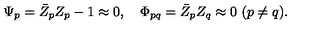
\Psi _ { p } = \bar { Z } _ { p } Z _ { p } - 1 \approx 0 , \quad \Phi _ { p q } = \bar { Z } _ { p } Z _ { q } \approx 0 \ ( p \neq q ) .